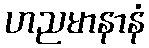
ဟညမာနာနံ